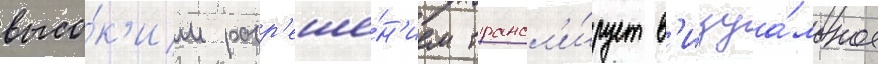
высо́к'им разр'еше́н'ием трансл'и́рует в'изуа́льное